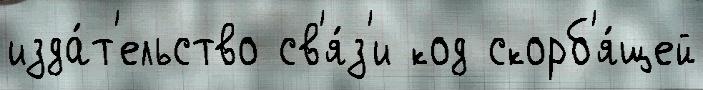
изда́т'ельство св'я́з'и код скорб'я́щей